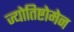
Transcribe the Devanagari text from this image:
ज्योतिष्टोमेन